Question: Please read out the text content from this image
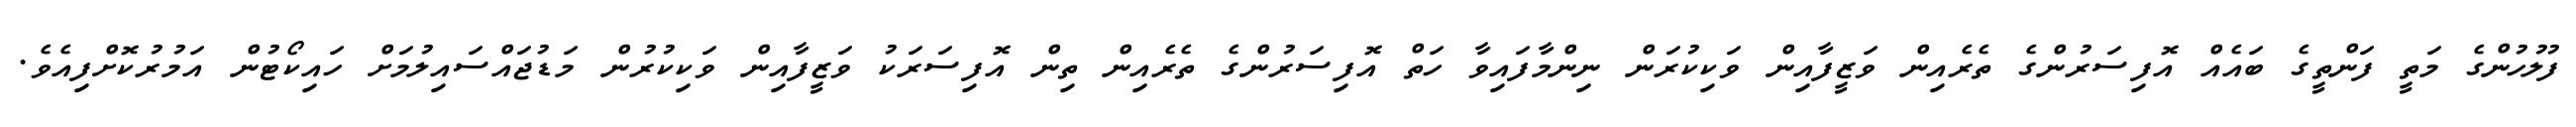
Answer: ފުލުހުންގެ މަތީ ފަންތީގެ ބައެއް އޮފިސަރުންގެ ތެރެއިން ވަޒީފާއިން ވަކިކުރަން ނިންމާފައިވާ ހަތް އޮފިސަރުންގެ ތެރެއިން ތިން އޮފިސަރަކު ވަޒީފާއިން ވަކިކުރުން މަޑުޖައްސައިލުމަށް ހައިކޯޓުން އަމުރުކޮށްފިއެވެ.